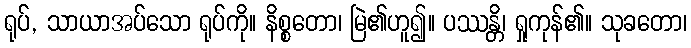
ရုပ်, သာယာအပ်သော ရုပ်ကို။ နိစ္စတော၊ မြဲ၏ဟူ၍။ ပဿန္တိ၊ ရှုကုန်၏။ သုခတော၊